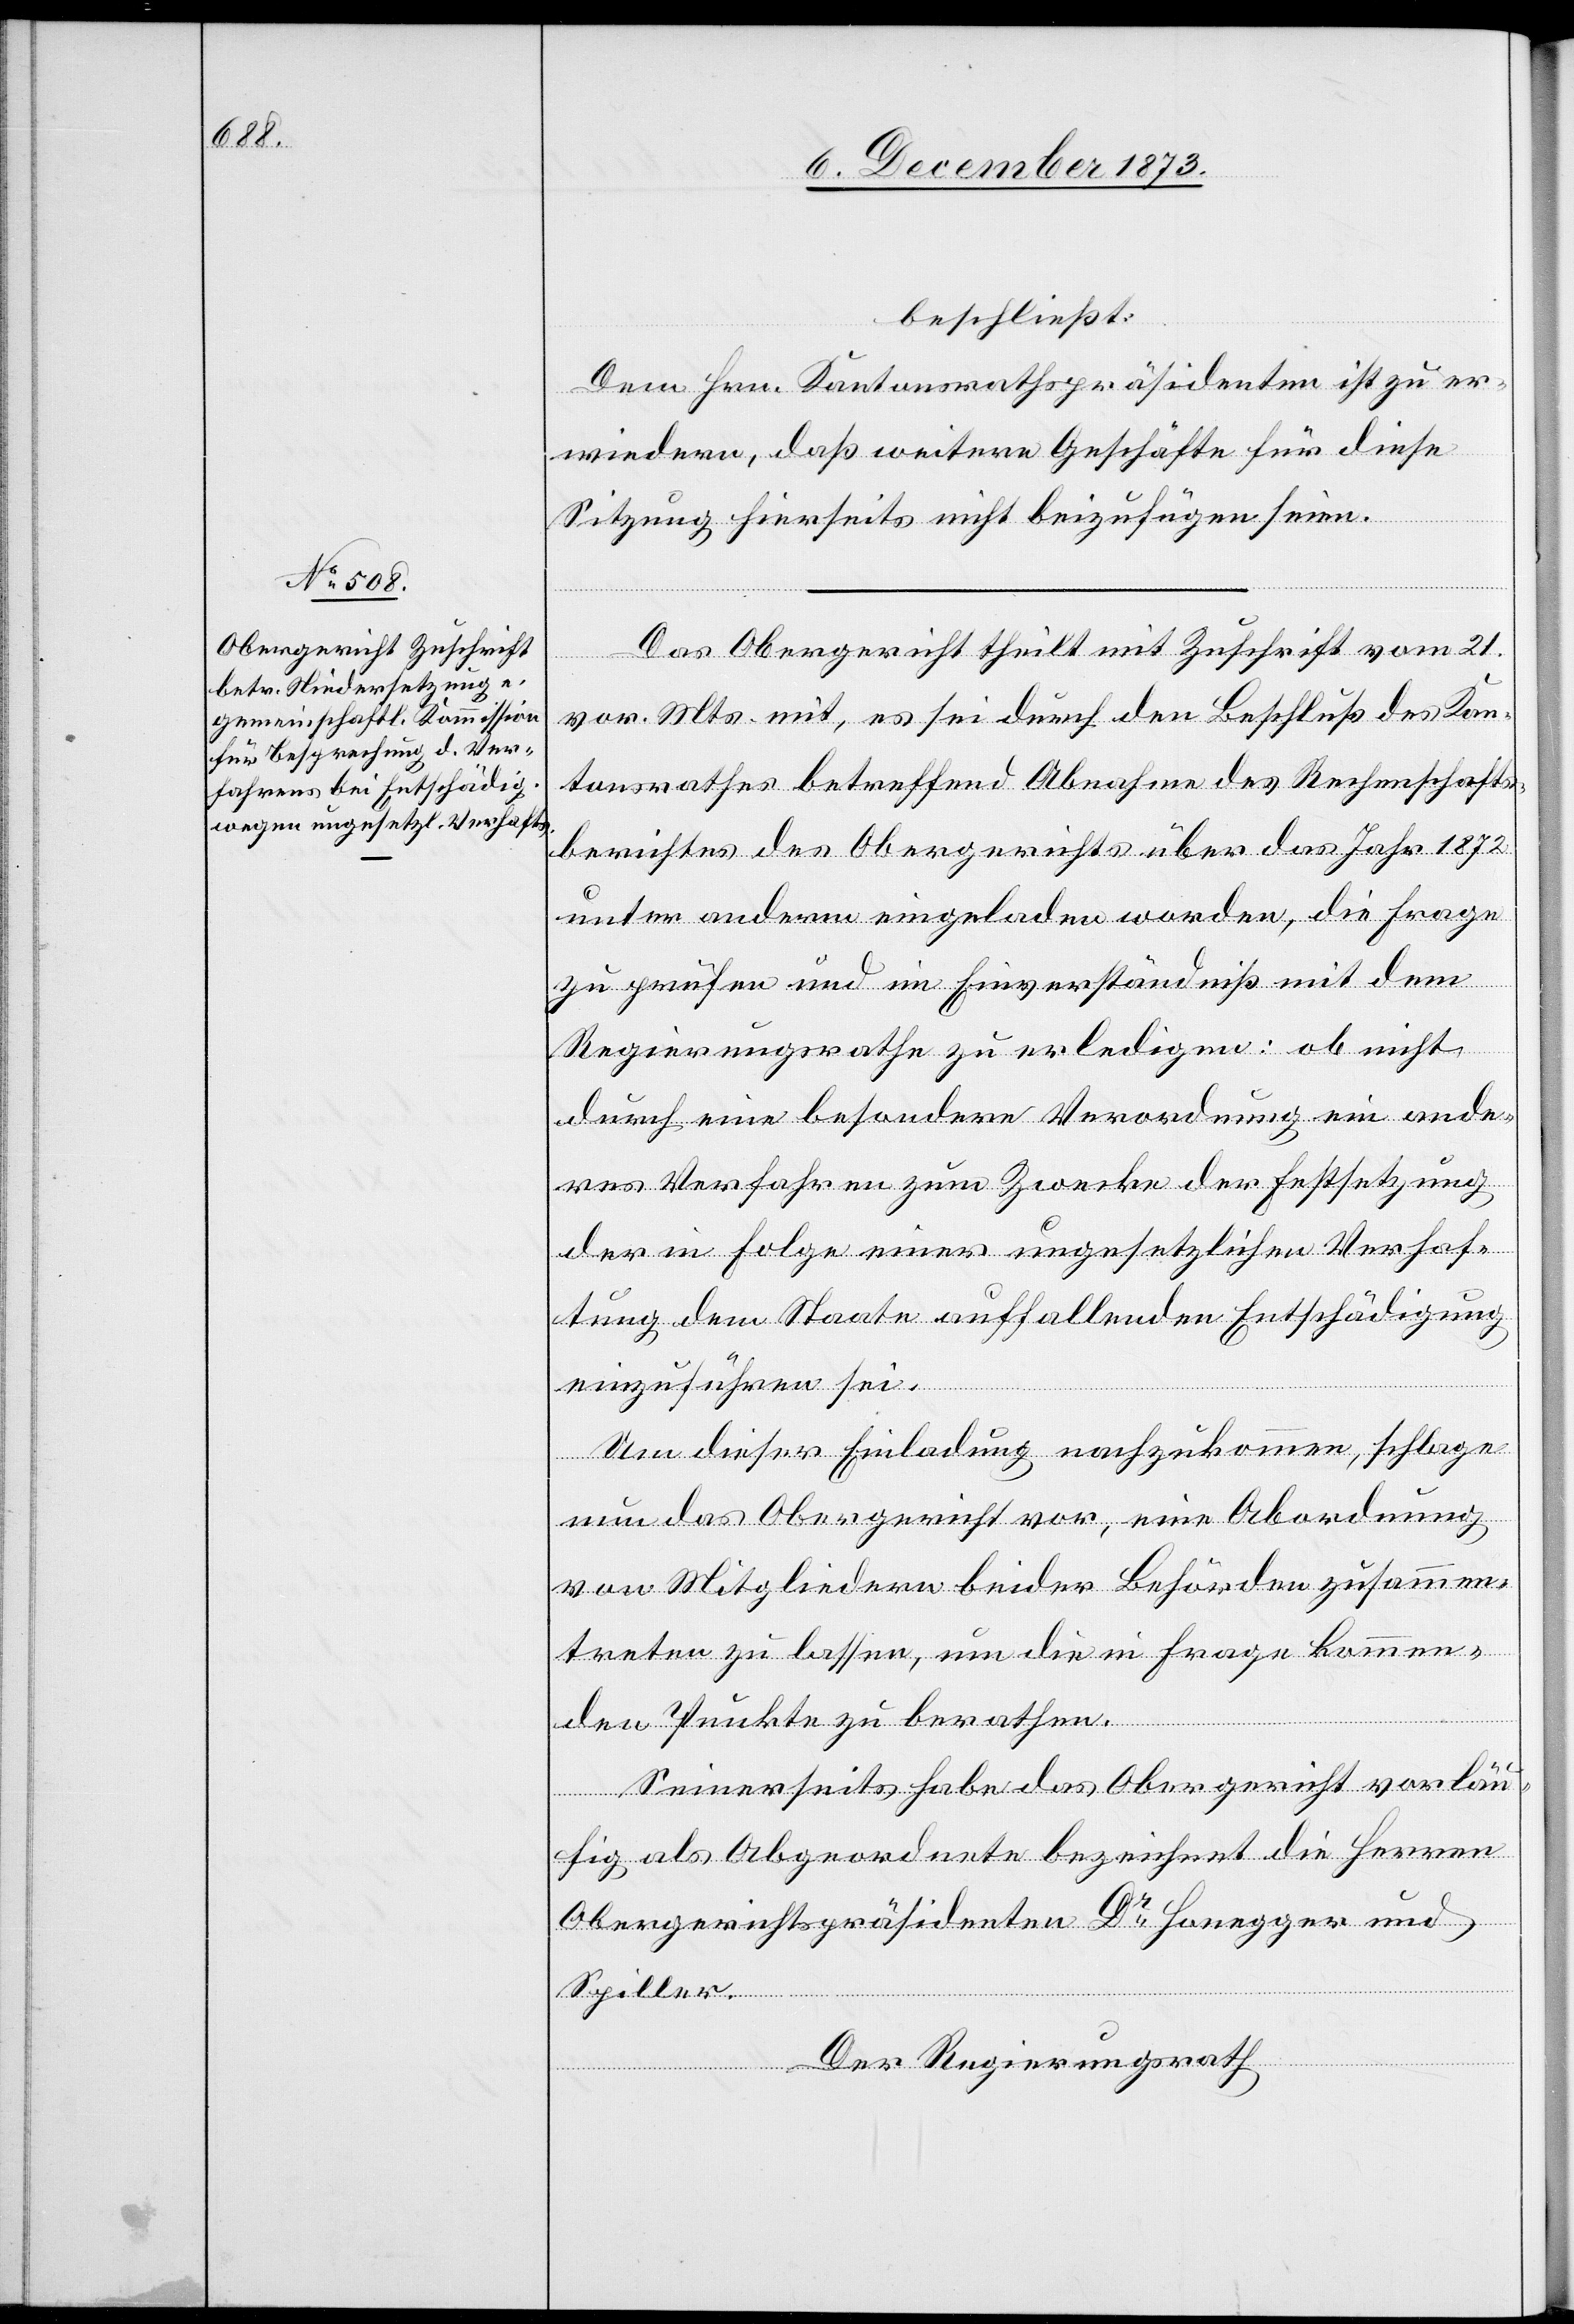
beschließt:
Dem Hrn. Kantonsrathspräsidenten ist zu er¬
wiedern, daß weitere Geschäfte für diese
Sitzung hierseits nicht beizufügen seien.
Das Obergericht theilt mit Zuschrift vom 21.
vor. Mts. mit, es sei durch den Beschluß des Kan¬
tonsrathes betreffend Abnahme des Rechenschafts¬
berichtes des Obergerichts über das Jahr 1872
unter anderm eingeladen worden, die Frage
zu prüfen und im Einverständniß mit dem
Regierungsrathe zu erledigen: ob nicht
durch eine besondere Verordnung ein ande¬
res Verfahren zum Zwecke der Festsetzung
der in Folge einer ungesetzlichen Verhaf¬
tung dem Staate auffallenden Entschädigung
einzuführen sei.
Um dieser Einladung nachzukommen, schlage
nun das Obergericht vor, eine Abordnung
von Mitgliedern beider Behörden zusammen¬
treten zu lassen, um die in Frage kommen¬
den Punkte zu berathen.
Seinerseits habe das Obergericht vorläu¬
fig als Abgeordnete bezeichnet die Herren
Obergerichtspräsidenten Dr Honegger und
Spiller.
Der Regierungsrath